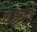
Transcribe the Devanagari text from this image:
पश्च्यंत